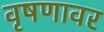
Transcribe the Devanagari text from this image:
वृषणावर